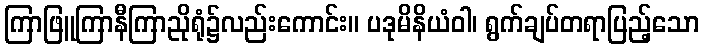
ကြာဖြူကြာနီကြာညိုရုံ၌လည်းကောင်း။ ပဒုမိနိယံဝါ၊ ရွက်ချပ်တရာပြည့်သော